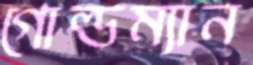
গোল্ডম্যান